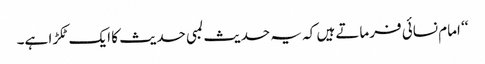
‘‘ امام نسائی فرماتے ہیں کہ یہ حدیث لمبی حدیث کا ایک ٹکڑا ہے۔